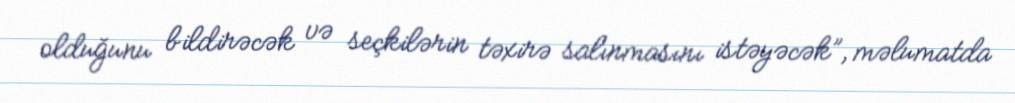
olduğunu bildirəcək və seçkilərin təxirə salınmasını istəyəcək”, məlumatda